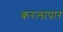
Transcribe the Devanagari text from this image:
करलापार